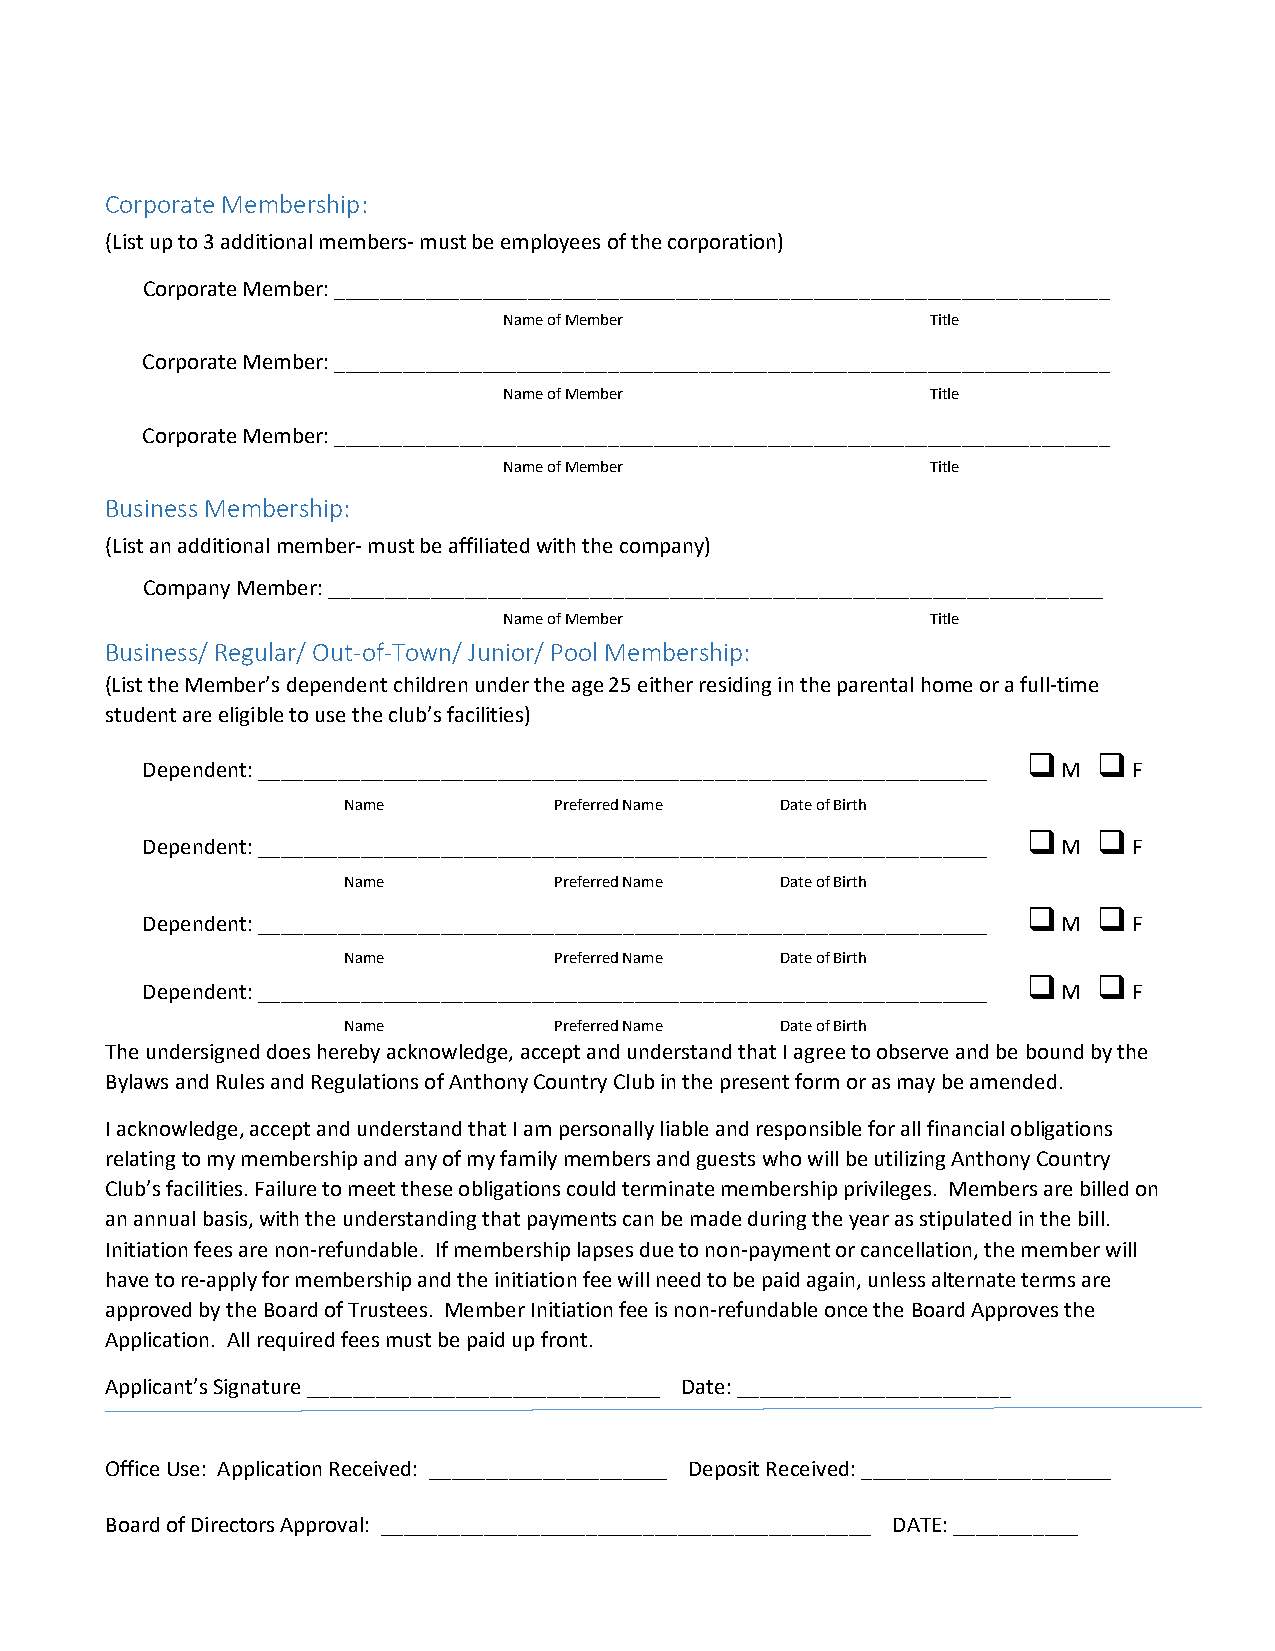
Corporate Membership:
 (List up to 3 additional members- must be employees of the corporation)
 Corporate Member: ____________________________________________________________________
 Name of Member               Title
 Corporate Member: ____________________________________________________________________
 Name of Member               Title
 Corporate Member: ____________________________________________________________________
 Name of Member               Title
 Business Membership:
 (List an additional member- must be affiliated with the company)
 Company Member: ____________________________________________________________________
 Name of Member               Title
 Business/ Regular/ Out-of-Town/ Junior/ Pool Membership:
 (List the Member’s dependent children under the age 25 either residing in the parental home or a full-time
 student are eligible to use the club’s facilities)
      
 Dependent: ________________________________________________________________ M F
 Name          Preferred Name Date of Birth
      
 Dependent: ________________________________________________________________ M F
 Name          Preferred Name Date of Birth
      
 Dependent: ________________________________________________________________ M F
 Name          Preferred Name Date of Birth
      
 Dependent: ________________________________________________________________ M F
 Name          Preferred Name Date of Birth
 The undersigned does hereby acknowledge, accept and understand that I agree to observe and be bound by the
 Bylaws and Rules and Regulations of Anthony Country Club in the present form or as may be amended.
 I acknowledge, accept and understand that I am personally liable and responsible for all financial obligations
 relating to my membership and any of my family members and guests who will be utilizing Anthony Country
 Club’s facilities. Failure to meet these obligations could terminate membership privileges. Members are billed on
 an annual basis, with the understanding that payments can be made during the year as stipulated in the bill.
 Initiation fees are non-refundable. If membership lapses due to non-payment or cancellation, the member will
 have to re-apply for membership and the initiation fee will need to be paid again, unless alternate terms are
 approved by the Board of Trustees. Member Initiation fee is non-refundable once the Board Approves the
 Application. All required fees must be paid up front.
 Applicant’s Signature _______________________________ Date: ________________________
 Office Use: Application Received: _____________________ Deposit Received: ______________________
 Board of Directors Approval: ___________________________________________ DATE: ___________